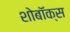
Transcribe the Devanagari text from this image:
शोबॉक्स